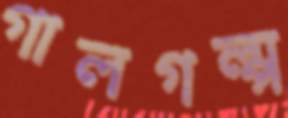
গালগল্প